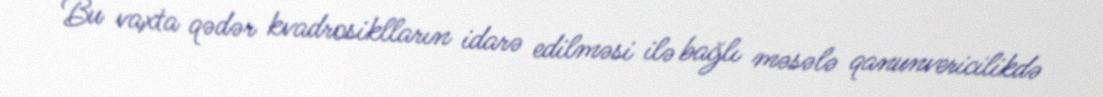
Bu vaxta qədər kvadrosiklların idarə edilməsi ilə bağlı məsələ qanunvericilikdə